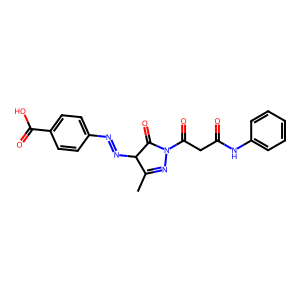
SMILES: CC1=NN(C(=O)CC(=O)Nc2ccccc2)C(=O)C1N=Nc1ccc(C(=O)O)cc1
Inhibits HIV replication: No